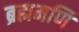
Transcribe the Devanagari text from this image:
ब्रह्ममणि